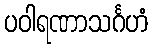
ပဝါရဏာသင်္ဂဟံ